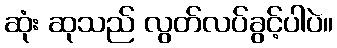
ဆုံး ဆုသည် လွတ်လပ်ခွင့်ပါပဲ။